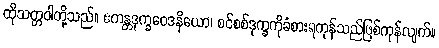
ထိုသတ္တဝါတို့သည်။ ဧကန္တဒုက္ခဝေဒနိယော၊ စင်စစ်ဒုက္ခကိုခံစားရကုန်သည်ဖြစ်ကုန်လျက်။